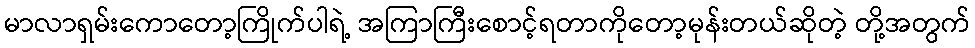
မာလာရှမ်းကောတော့ကြိုက်ပါရဲ့ အကြာကြီးစောင့်ရတာကိုတော့မုန်းတယ်ဆိုတဲ့ တို့အတွက်